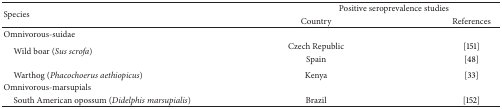
| <ROWSPAN=2> Species | <COLSPAN=2> Positive seroprevalence studies |
 | Country | References |
 | --- | --- | --- |
 | Omnivorous-suidae |  |  |
 | <ROWSPAN=2> Wild boar (Sus scrofa) | Czech Republic | [151] |
 | Spain | [48] |
 | Warthog (Phacochoerus aethiopicus) | Kenya | [33] |
 | Omnivorous-marsupials |  |  |
 | South American opossum (Didelphis marsupialis) | Brazil | [152] |